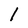
Character: l